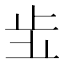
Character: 𣥗